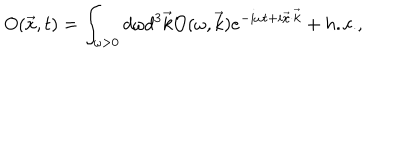
O ( \vec { x } , t ) = \int _ { \omega > 0 } { d \omega d ^ { 3 } \vec { k } { \cal { O } } ( \omega , \vec { k } ) e ^ { - i \omega t + i \vec { x } \cdot \vec { k } } + h . c . } ,